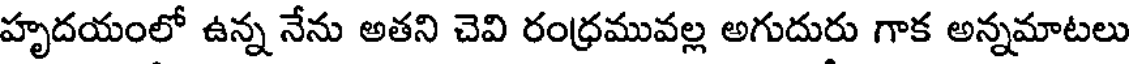
హృదయంలో ఉన్న నేను అతని చెవి రంధ్రమువల్ల అగుదురు గాక అన్నమాటలు